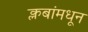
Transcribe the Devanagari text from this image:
क्लबांमधून